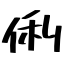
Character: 俐